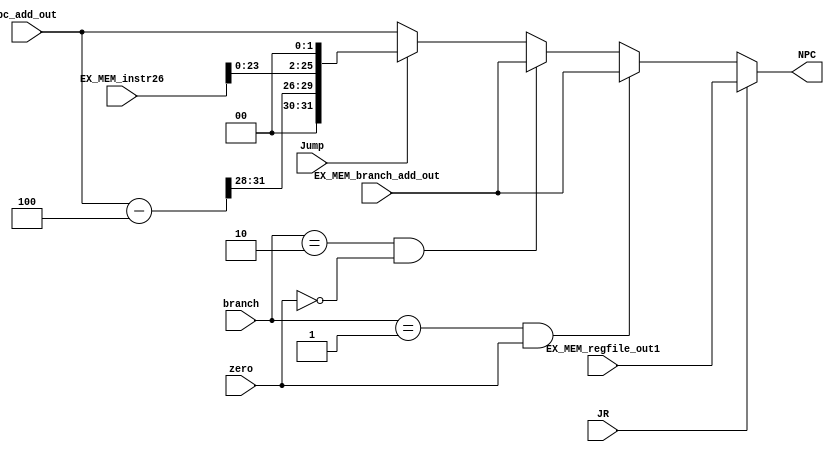
module npc (
    Jump, 
    branch, 
    JR,
    zero, 
    pc_add_out,
    EX_MEM_branch_add_out, 
    EX_MEM_instr26, 
    EX_MEM_regfile_out1,
    NPC
    );  
    
    input               Jump;            // whether Jump or not
    input      [ 1: 0]  branch;          // whether enter branch or not  
    input               JR;
    input               zero;            // zero generated by ALU

    input      [31: 0]  pc_add_out;
    input      [31: 0]  EX_MEM_branch_add_out;             
    // input      [31: 0]  EX_MEM_pc_add_out;       // this is actually the PC instead of EX_MEM_pc_add_out, latter is a previous bug
    input      [25: 0]  EX_MEM_instr26;
    input      [31: 0]  EX_MEM_regfile_out1;     // if the real instruction of the cycle is JR, then the signal is the GPR[rs], which is the address stored in the target register

    reg        [31: 0]  PC;

    output reg [31: 0]  NPC;


    always @(*)    
        // judge JR first
        if (JR)
        begin
            NPC = EX_MEM_regfile_out1;
        end
        else if (branch == 2'b01 && zero == 1)        // beq
        begin
            NPC = EX_MEM_branch_add_out; 
        end
        else if (branch == 2'b10 && zero == 0)   // bne
        begin
            NPC = EX_MEM_branch_add_out;
        end
        else if (Jump)              // different to P182, which Jump iff Jump == 0. Here, we do J op iff Jump == 1
        begin    
            PC = pc_add_out - 4;
            NPC = {PC[31:28], {EX_MEM_instr26[25:0] << 2}};
            // $display("Jump!");
        end
        else
        begin
            // $display("enter", "%h", EX_MEM_pc_add_out);
            NPC = pc_add_out;
        end

endmodule //npc